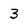
Character: 3